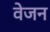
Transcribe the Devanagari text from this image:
वेजन